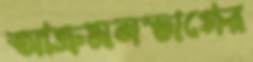
আক্রমনভাগের